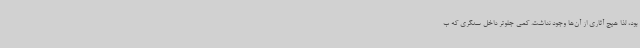
بود، لذا هیچ آثاری از آن‌ها وجود نداشت. کمی جلوتر داخل سنگری که ب